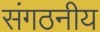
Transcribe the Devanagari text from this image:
संगठनीय